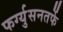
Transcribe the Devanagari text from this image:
फर्ग्युसनतर्फे